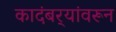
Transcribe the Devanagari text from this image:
कादंबर्‍यांवरून